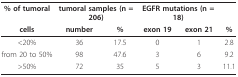
| % of tumoral | <COLSPAN=2> tumoral samples (n = 206) | <COLSPAN=2> EGFR mutations (n = 18) |  |
 | cells | number | % | exon 19 | exon 21 | % |
 | --- | --- | --- | --- | --- | --- |
 | <20% | 36 | 17.5 | 0 | 1 | 2.8 |
 | from 20 to 50% | 98 | 47.6 | 3 | 6 | 9.2 |
 | >50% | 72 | 35 | 5 | 3 | 11.1 |